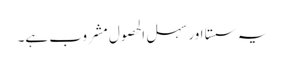
یہ سستا اور سہل الحصول مشروب ہے۔